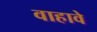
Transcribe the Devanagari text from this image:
वाहावे